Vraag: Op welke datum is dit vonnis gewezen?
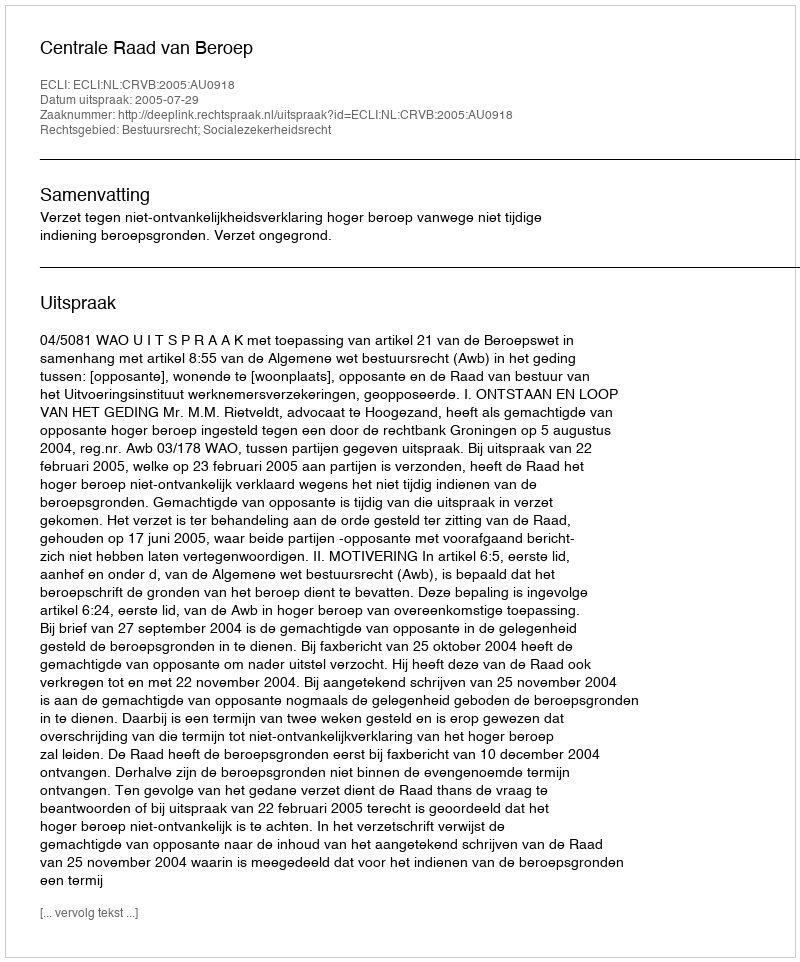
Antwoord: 2005-07-29